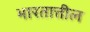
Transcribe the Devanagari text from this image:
भारतात्तील